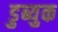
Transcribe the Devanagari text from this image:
डुब्युक